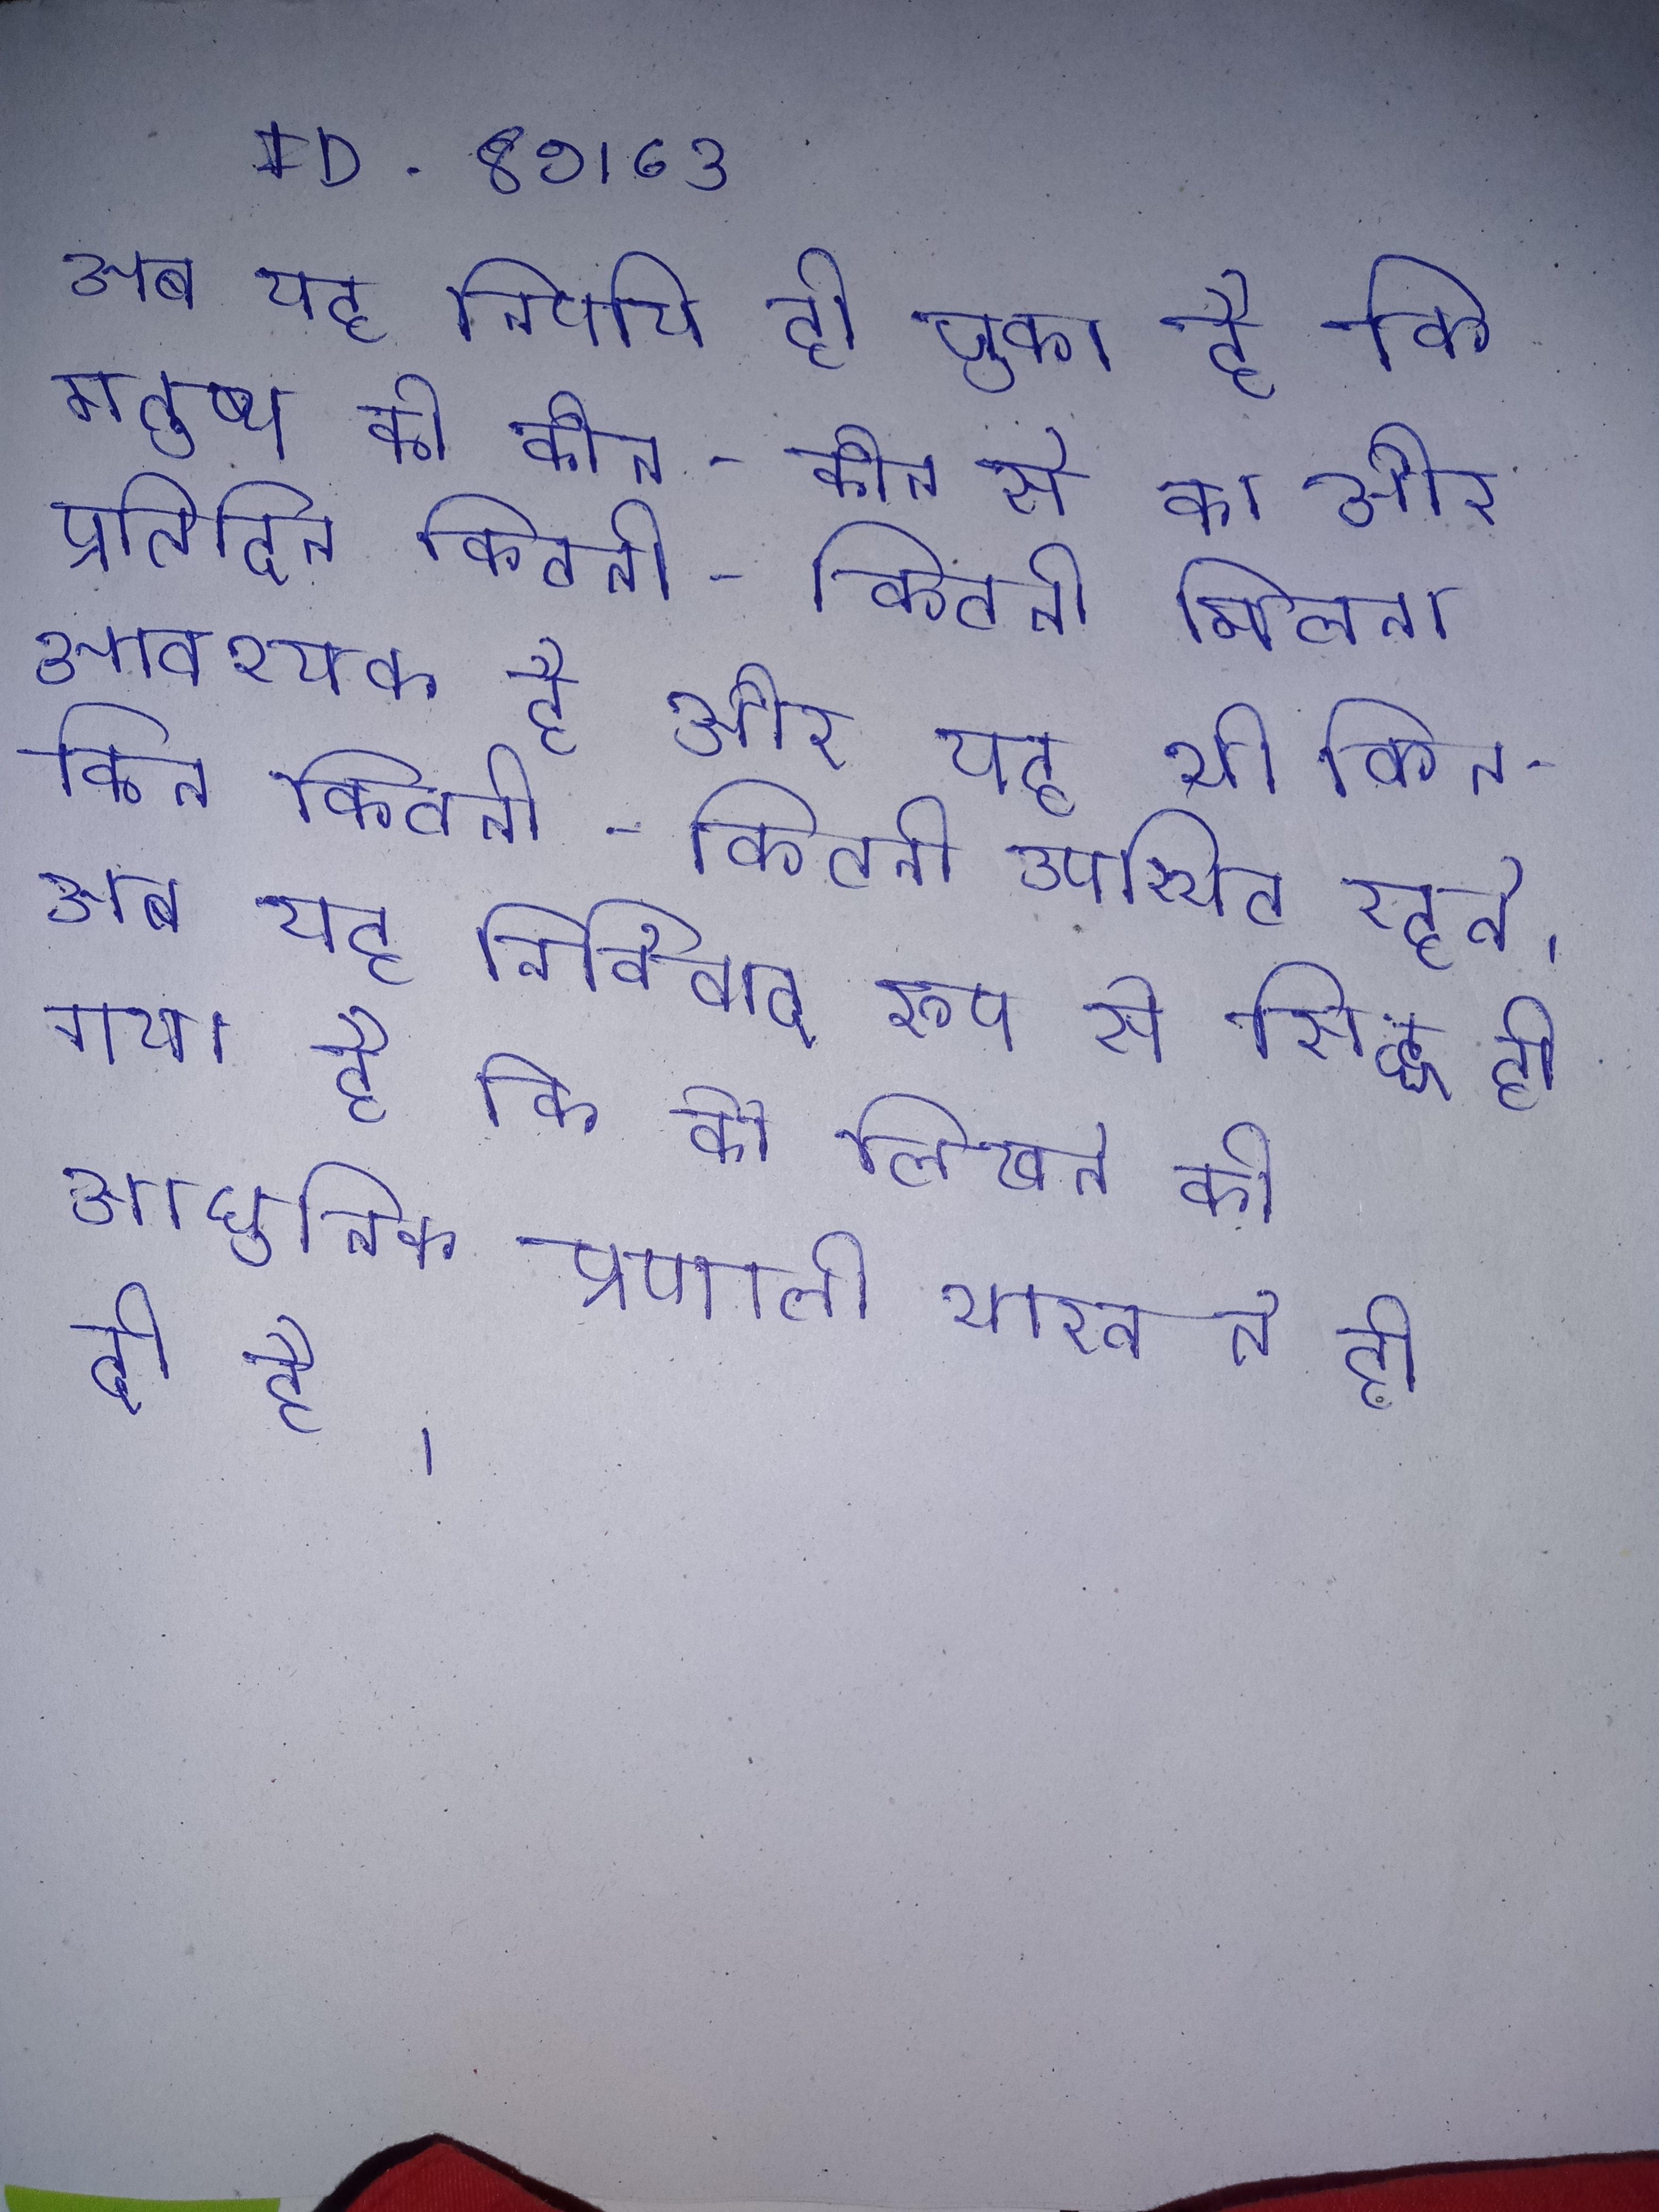
अब यह निर्णय हो चुका है कि मनुष्य को कौन-कौन से का और प्रतिदिन कितनी-कितनी मिलना आवश्यक है और यह भी किन-किन कितनी-कितनी उपस्थित रहते । अब यह निर्विवाद रूप से सिद्ध हो गया है कि को लिखने की आधुनिक प्रणाली भारत ने ही दी है ।